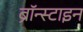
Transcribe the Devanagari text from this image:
ब्रॉन्स्टाइन